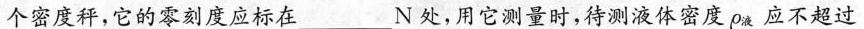
个密度秤，它的零刻度应标在___N处，用它测量时，待测液体密度ρ_{液}应不超过